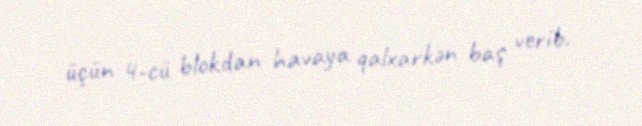
üçün 4-cü blokdan havaya qalxarkən baş verib.